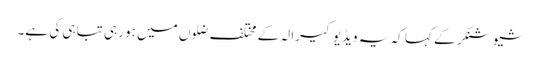
شیوشنکر کے کہا کہ یہ ویڈیو کیرالہ کے مختلف ضلوں میں ہو رہی تباہی کی ہے۔